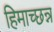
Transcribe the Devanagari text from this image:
हिमाच्छन्न